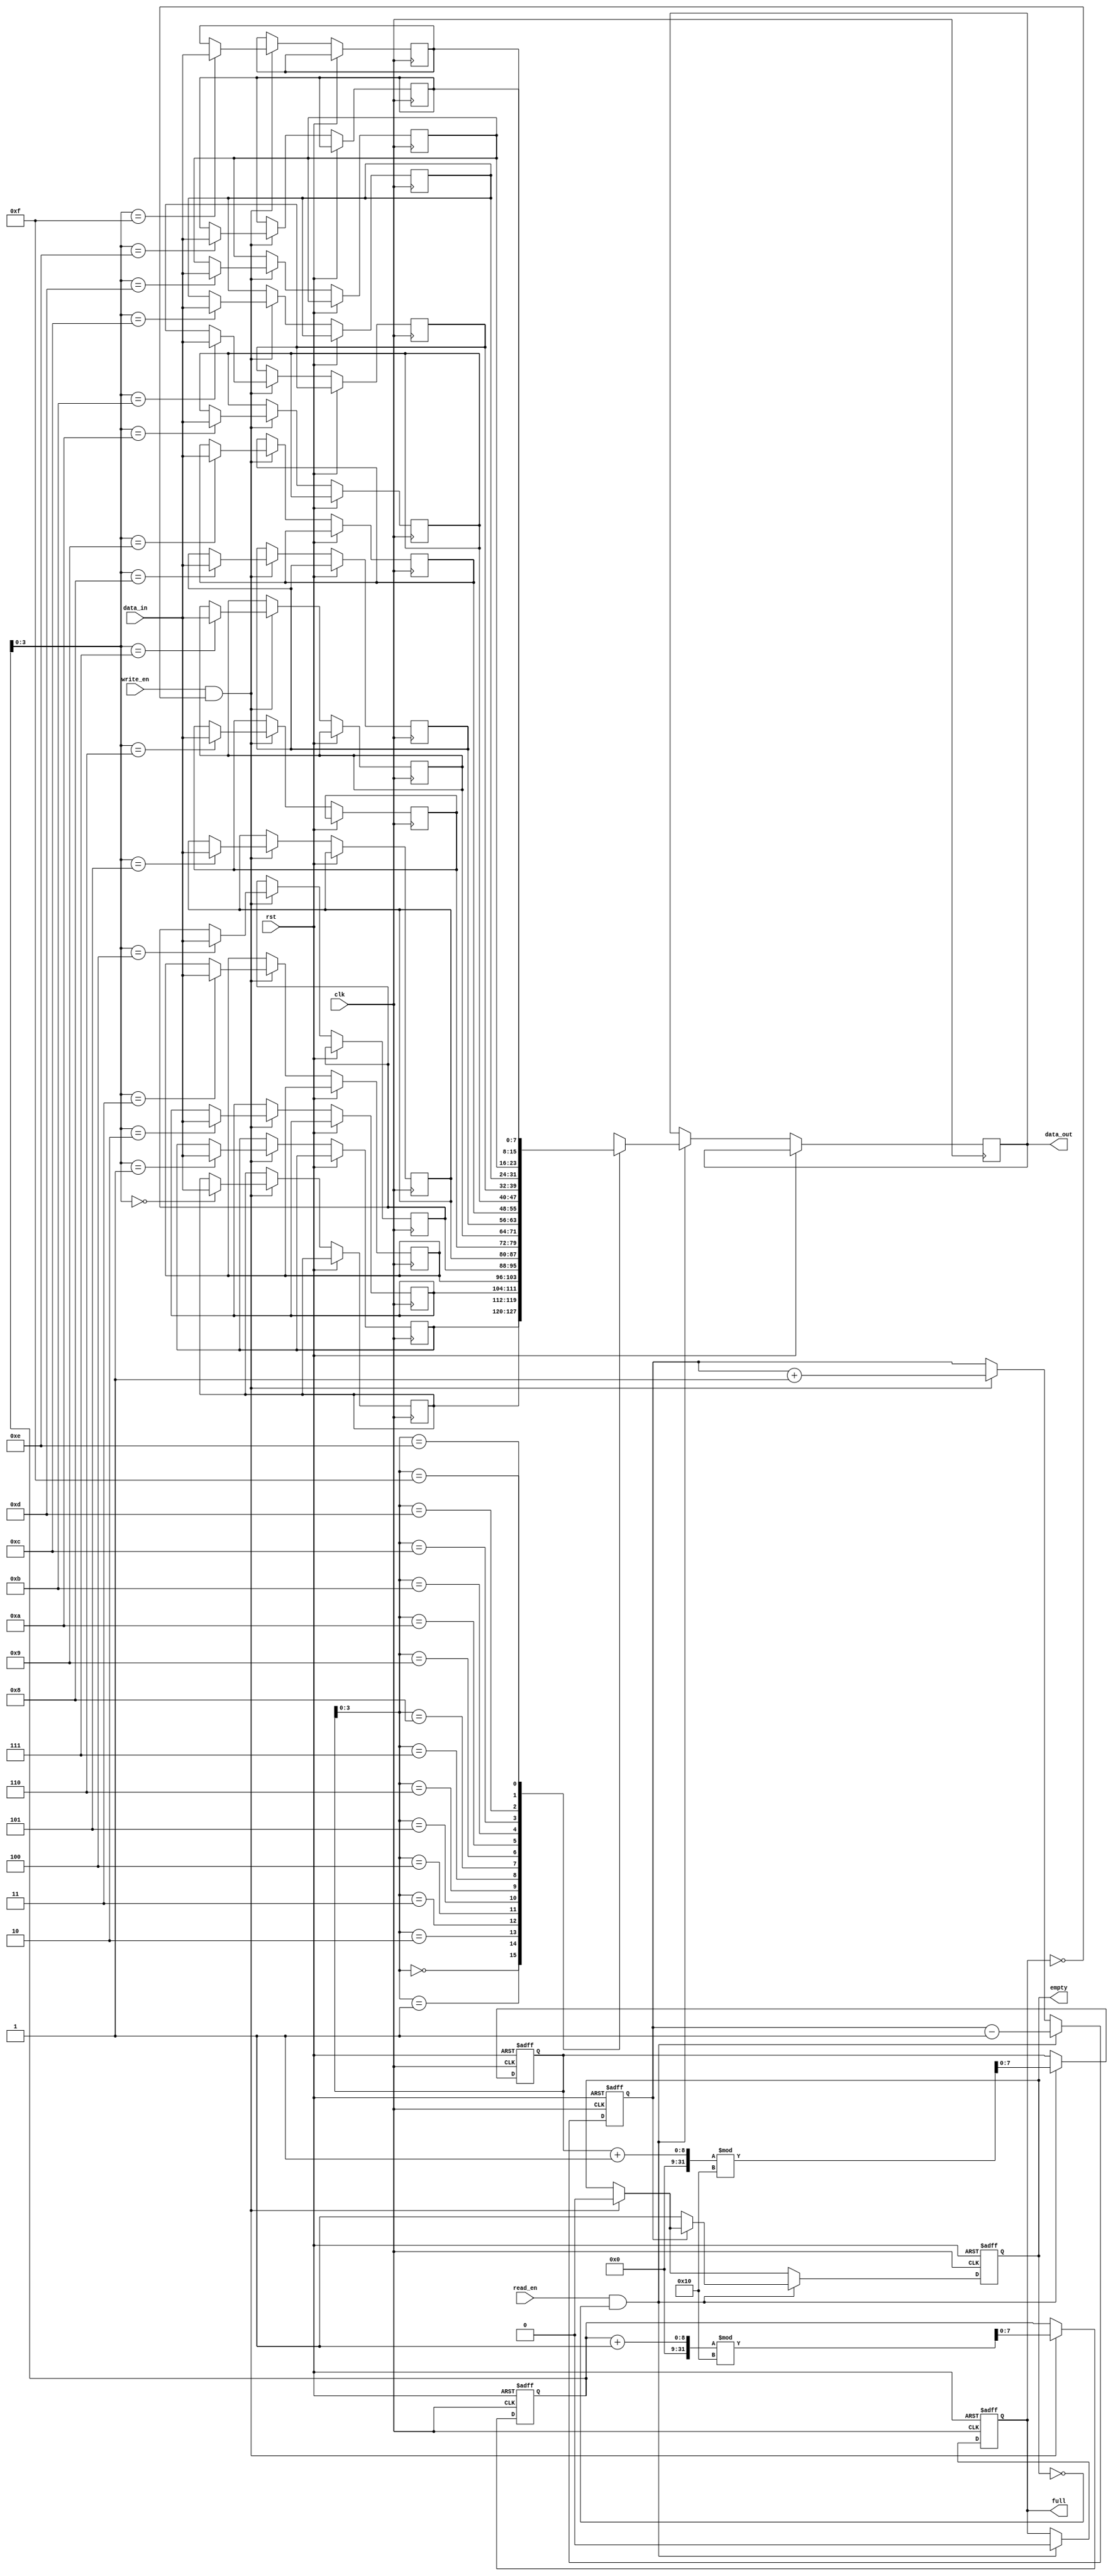
module gray_fifo (
    input wire clk,
    input wire rst,
    input wire write_en,
    input wire read_en,
    input wire [DATA_WIDTH-1:0] data_in,
    output reg [DATA_WIDTH-1:0] data_out,
    output reg full,
    output reg empty
);

parameter DEPTH = 16; // Depth of the FIFO
parameter DATA_WIDTH = 8; // Width of the data

reg [DATA_WIDTH-1:0] memory [DEPTH-1:0]; // FIFO memory
reg [DATA_WIDTH-1:0] read_pointer;
reg [DATA_WIDTH-1:0] write_pointer;
reg count;

always @(posedge clk or posedge rst) begin
    if (rst) begin
        read_pointer <= 0;
        write_pointer <= 0;
        count <= 0;
        full <= 0;
        empty <= 1;
    end else begin
        if (write_en && !full) begin
            memory[write_pointer] <= data_in;
            write_pointer <= (write_pointer + 1) % DEPTH;
            count <= count + 1;
            if (count == DEPTH) begin
                full <= 1;
            end
            empty <= 0;
        end
        if (read_en && !empty) begin
            data_out <= memory[read_pointer];
            read_pointer <= (read_pointer + 1) % DEPTH;
            count <= count - 1;
            if (count == 0) begin
                empty <= 1;
            end
            full <= 0;
        end
    end
end

endmodule